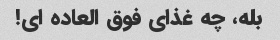
بله، چه غذای فوق العاده ای!